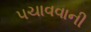
પચાવવાની